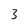
Character: 3